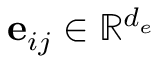
\mathbf { e } _ { i j } \in \mathbb { R } ^ { d _ { e } }